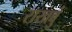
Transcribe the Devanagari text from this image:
राखवुं